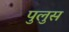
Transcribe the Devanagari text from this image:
पुलुस